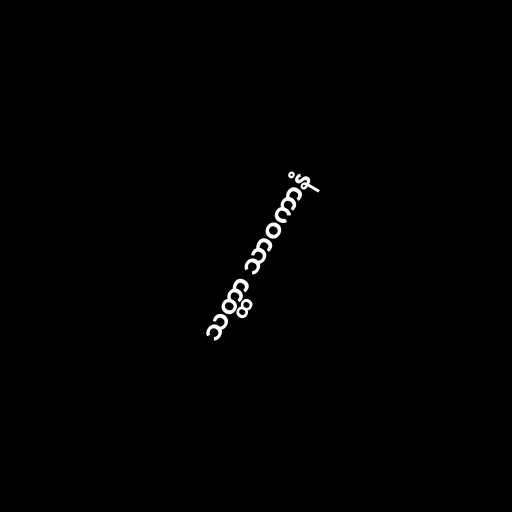
သတ္ထာ သာဝကာနံ